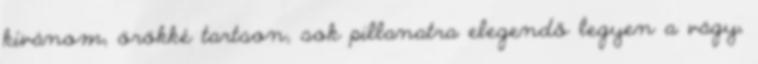
kívánom, örökké tartson, sok pillanatra elegendő legyen a vágy,